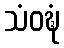
သံဝဍ္ဎံ